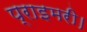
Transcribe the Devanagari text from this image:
प्राइमरी।